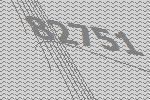
82751